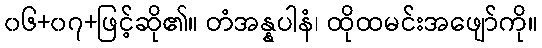
၀၆+၀၇+ဖြင့်ဆို၏။ တံအန္နပါနံ၊ ထိုထမင်းအဖျော်ကို။